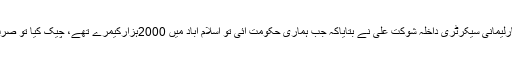
وقفہ سوالات کے دور ان پارلیمانی سیکرٹری داخلہ شوکت علی نے بتایاکہ جب ہماری حکومت آئی تو اسلام آباد میں 2000ہزارکیمرے تھے، چیک کیا تو صرف 300کام کررہے تھے ۔